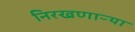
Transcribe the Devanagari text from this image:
निरखणाऱ्या